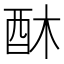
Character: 𮠛